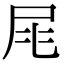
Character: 㞑